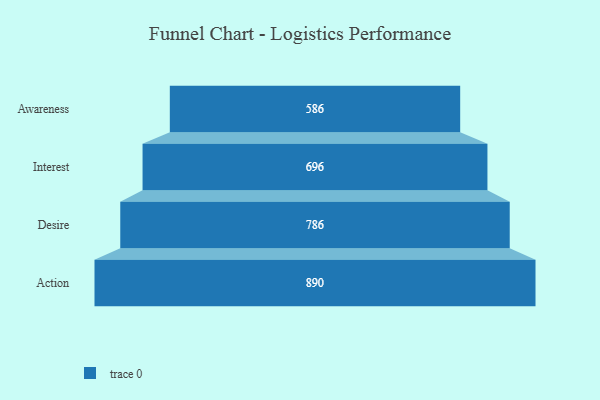
{"axis": {"x": "Stage", "y": "Value"}, "legend": [""], "data": [{"x": "Awareness", "y": 586.0, "type": ""}, {"x": "Interest", "y": 696.0, "type": ""}, {"x": "Desire", "y": 786.0, "type": ""}, {"x": "Action", "y": 890.0, "type": ""}]}